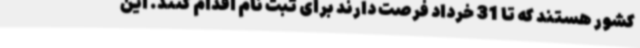
کشور هستند که تا 31 خرداد فرصت دارند برای ثبت نام اقدام کنند. این